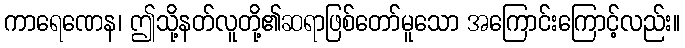
ကာရေဏေန၊ ဤသို့နတ်လူတို့၏ဆရာဖြစ်တော်မူသော အကြောင်းကြောင့်လည်း။